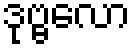
ဒုဗ္ဗလော